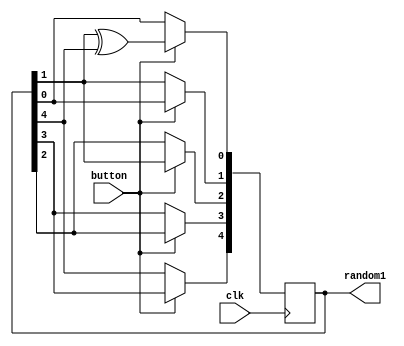
`timescale 1ns / 1ps

//This script is responsible for generating a pseudo-random output for cacti generation

module rng(
    input clk,button,
    output reg [4:0] random1
    );
    
    //Set initial values
    initial begin
        random1 <= 5'b1;
    end
    
    //Main block, generates a pseudo-random output
    always@(posedge clk)begin
        if(button)begin //If the jump button is pressed then increment this pseudo-random counter
            random1[0] <= random1[1]^random1[4];
            random1[1] <= random1[0];
            random1[2] <= random1[1];
            random1[3] <= random1[2];
            random1[4] <= random1[3];
        end
    end
endmodule